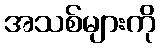
အသစ်များကို